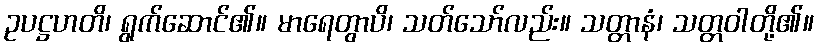
ဥပဋ္ဌဟတိ၊ ရွက်ဆောင်၏။ မာရေတွာပိ၊ သတ်သော်လည်း။ သတ္တာနံ၊ သတ္တဝါတို့၏။